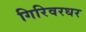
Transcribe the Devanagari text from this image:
गिरिवरधर